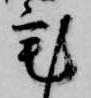
宅